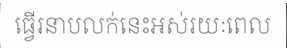
ធ្វើរនាបលក់នេះអស់រយៈពេល